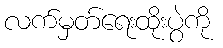
လက်မှတ်ရေးထိုးပွဲကို